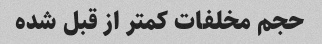
حجم مخلفات کمتر از قبل شده